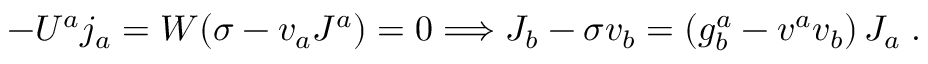
- U ^ { a } j _ { a } = W ( \sigma - v _ { a } J ^ { a } ) = 0 \Longrightarrow J _ { b } - \sigma v _ { b } = \left( g _ { b } ^ { a } - v ^ { a } v _ { b } \right) J _ { a } \; .